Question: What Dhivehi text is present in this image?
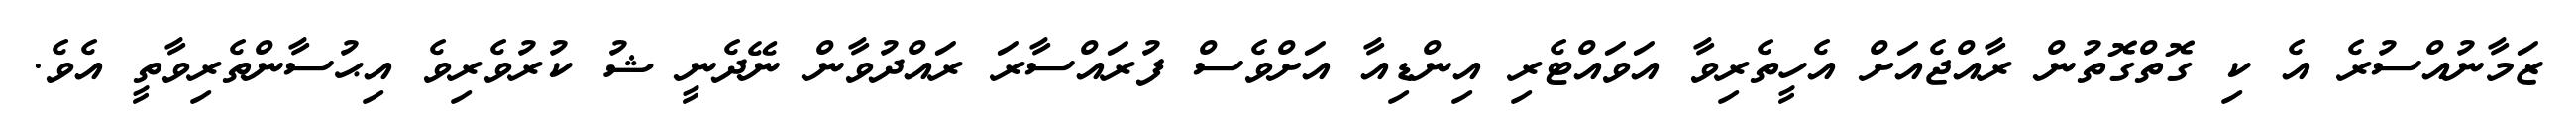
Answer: ޒަމާނުއްސުރެ އެ ކި ގޮތްގޮތުން ރާއްޖެއަށް އެހީތެރިވާ އަވައްޓެރި އިންޑިއާ އަށްވެސް ފުރައްސާރަ ރައްދުވާން ނޭދެނީ ޝު ކުރުވެރިވެ އިޙުސާންތެރިވާތީ އެވެ.